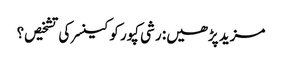
مزید پڑھیں: رشی کپور کو کینسر کی تشخیص؟